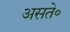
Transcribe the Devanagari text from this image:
असते॰